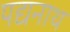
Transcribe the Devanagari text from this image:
पद्यनाथ